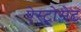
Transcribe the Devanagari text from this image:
ऐस्ट्रोसेट